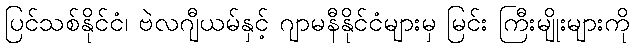
ပြင်သစ်နိုင်ငံ၊ ဗဲလဂျီယမ်နှင့် ဂျာမနီနိုင်ငံများမှ မြင်း ကြီးမျိုးများကို